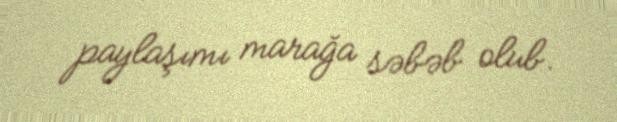
paylaşımı marağa səbəb olub.